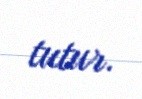
tutur.